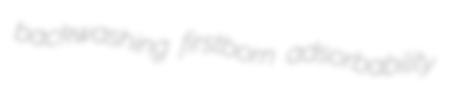
backwashing firstborn adsorbability